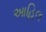
આહિલ